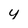
Character: y